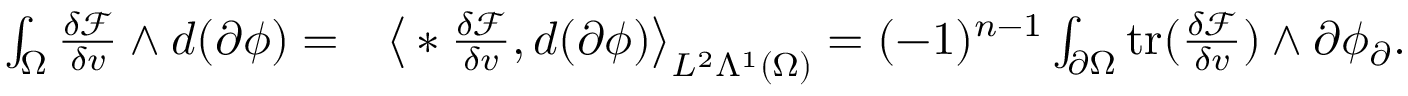
\begin{array} { r l } { \int _ { \Omega } \frac { \delta \mathcal { F } } { \delta v } \wedge d ( \partial \phi ) = } & { \big \langle \ast \frac { \delta \mathcal { F } } { \delta v } , d ( \partial \phi ) \big \rangle _ { L ^ { 2 } \Lambda ^ { 1 } ( \Omega ) } = ( - 1 ) ^ { n - 1 } \int _ { \partial \Omega } \mathrm { t r } ( \frac { \delta \mathcal { F } } { \delta v } ) \wedge \partial \phi _ { \partial } . } \end{array}